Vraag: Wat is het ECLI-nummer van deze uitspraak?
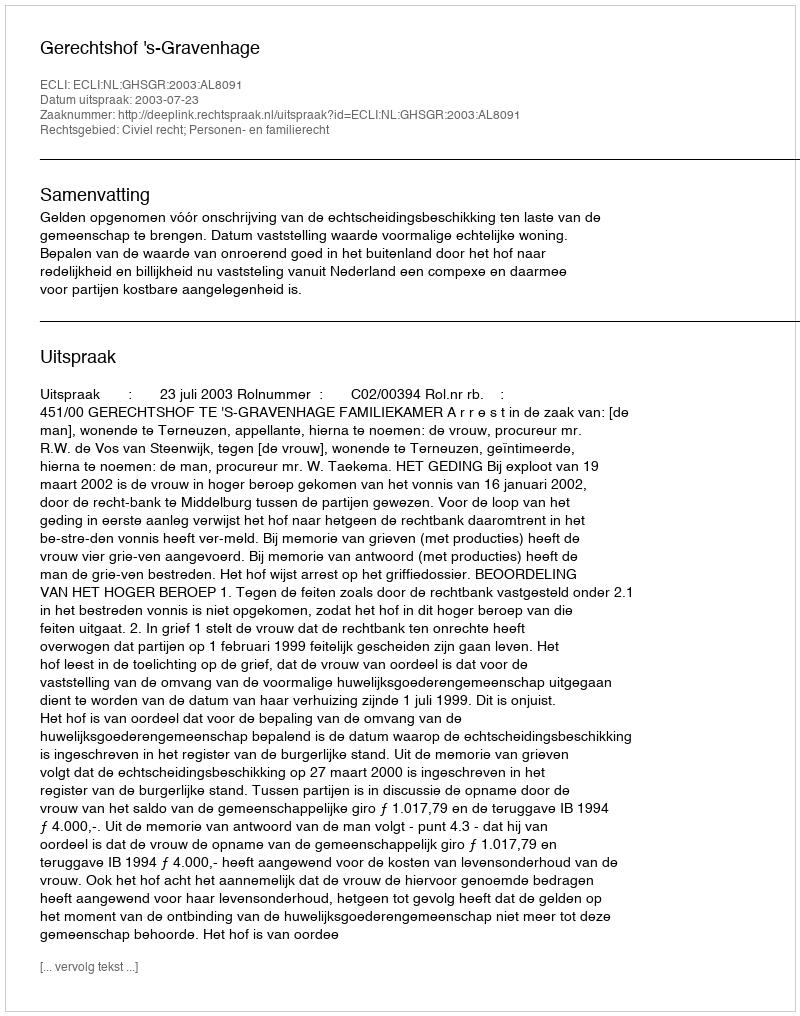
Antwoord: ECLI:NL:GHSGR:2003:AL8091